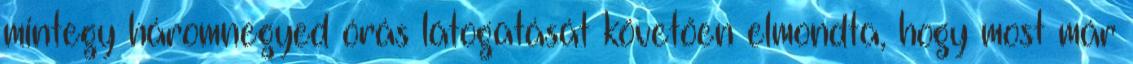
mintegy háromnegyed órás látogatását követően elmondta, hogy most már